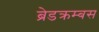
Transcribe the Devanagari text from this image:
ब्रेडक्रम्बस